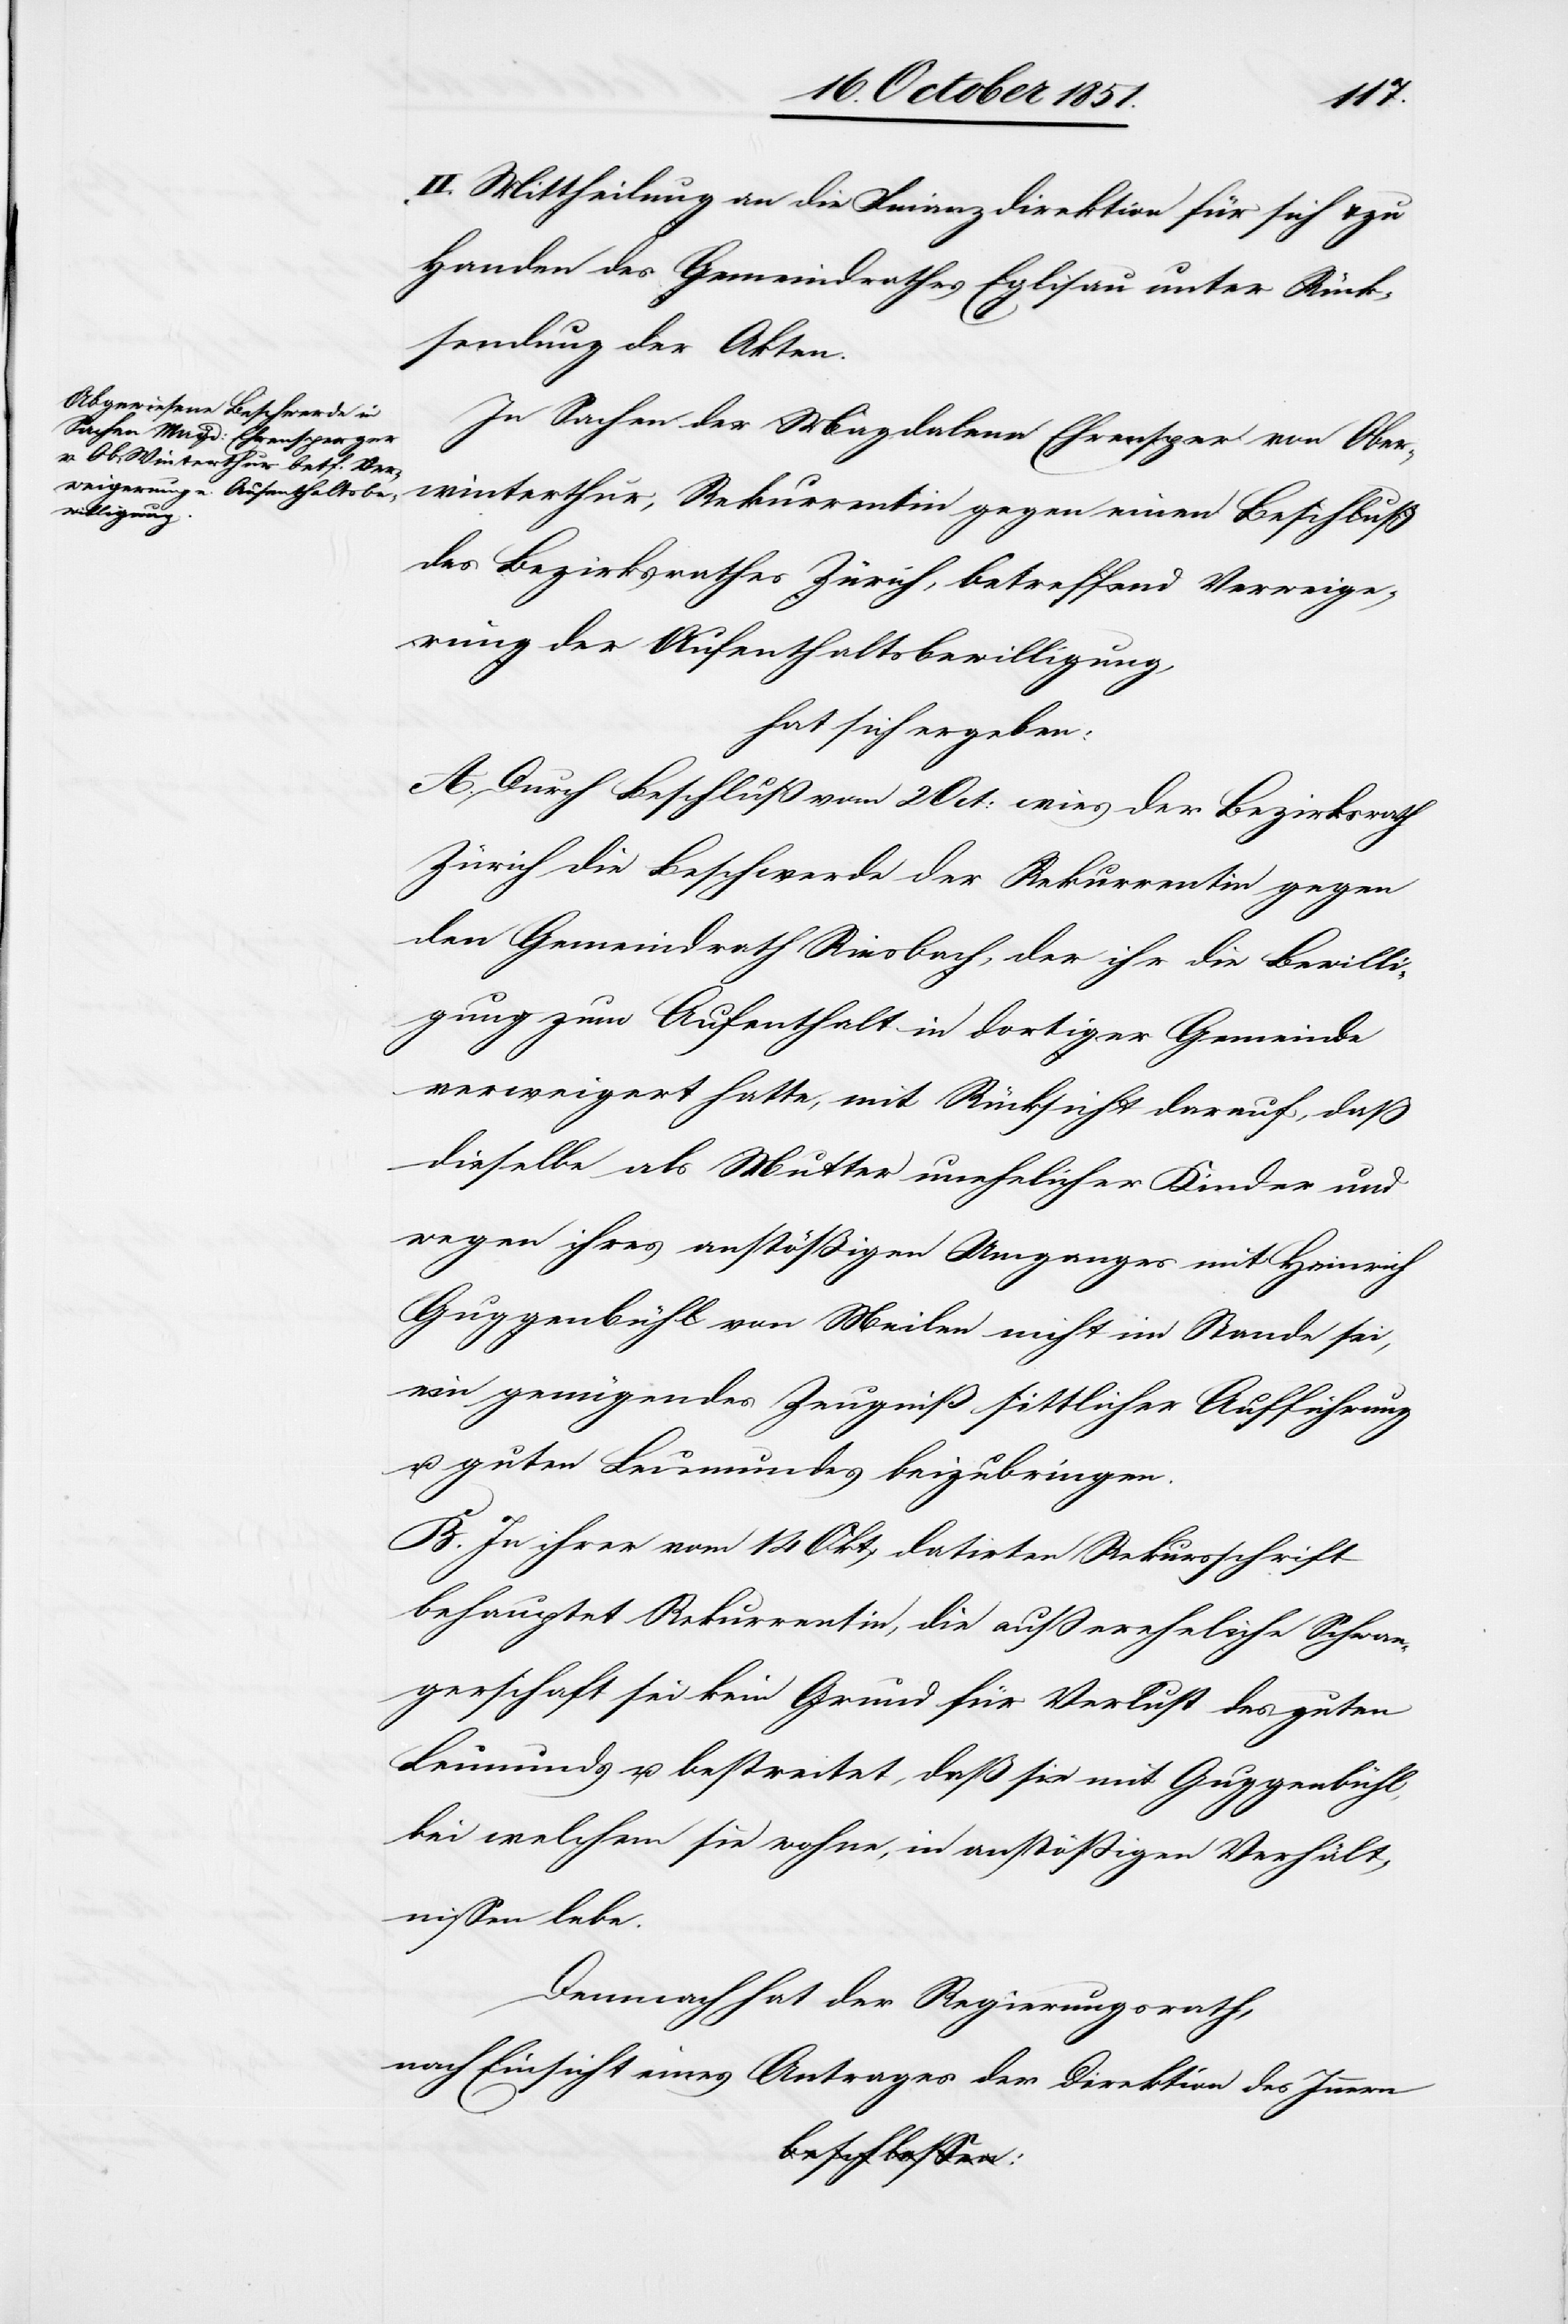
II. Mittheilung an die Finanzdirektion für sich & zu
Handen des Gemeindrathes Eglisau unter Rück¬
sendung der Akten.
In Sachen der Magdalena Ehrensper [sic!] von Ober¬
winterthur, Rekurrentin gegen einen Beschluß
des Bezirksrathes Zürich, betreffend Verweige¬
rung der Aufenthaltsbewilligung,
hat sich ergeben:
A. Durch Beschluß vom 2 Oct: wies der Bezirksrath
Zürich die Beschwerde der Rekurrentin gegen
den Gemeindrath Riesbach, der ihr die Bewilli¬
gung zum Aufenthalt in dortiger Gemeinde
verweigert hatte, mit Rücksicht darauf, daß
dieselbe als Mutter unehelicher Kinder und
wegen ihres anstößigen Umganges mit Heinrich
Guggenbühl von Meilen nicht im Stande sei,
ein genügendes Zeugniß sittlicher Aufführung
u. guten Leumundes beizubringen
B. In ihrer vom 14 Okt. datirten Rekursschrift
behauptet Rekurrentin, die außereheliche Schwan¬
gerschaft sei kein Grund für Verlust des guten
Leumunds u. bestreitet, daß sie mit Guggenbühl,
bei welchem sie wohne, in anstößigen Verhält¬
nissen lebe.
Demnach hat der Regierungsrath,
nach Einsicht eines Antrages der Direktion des Innern